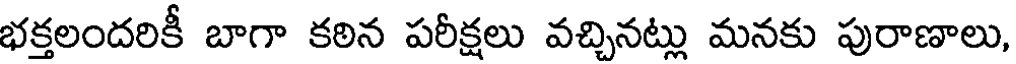
భక్తలందరికీ బాగా కఠిన పరీక్షలు వచ్చినట్లు మనకు పురాణాలు,